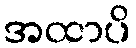
အထာပိ